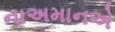
નાઅમાનએ